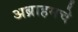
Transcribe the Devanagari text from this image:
अब्राहमचे